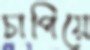
চাপিয়ে